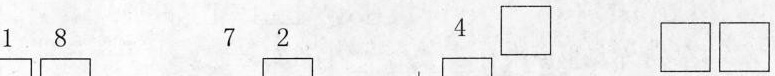
1 8 7 2 41 8 7 2 4 \Box \Box \Box